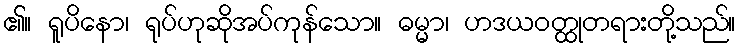
၏။ ရူပိနော၊ ရုပ်ဟုဆိုအပ်ကုန်သော။ ဓမ္မာ၊ ဟဒယဝတ္ထုတရားတို့သည်။